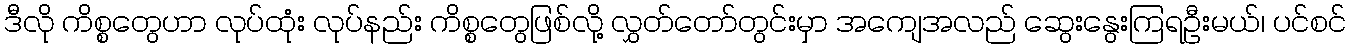
ဒီလို ကိစ္စတွေဟာ လုပ်ထုံး လုပ်နည်း ကိစ္စတွေဖြစ်လို့ လွှတ်တော်တွင်းမှာ အကျေအလည် ဆွေးနွေးကြရဦးမယ်၊ ပင်စင်